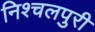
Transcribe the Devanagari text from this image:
निश्चलपुरी